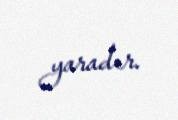
yaradır.